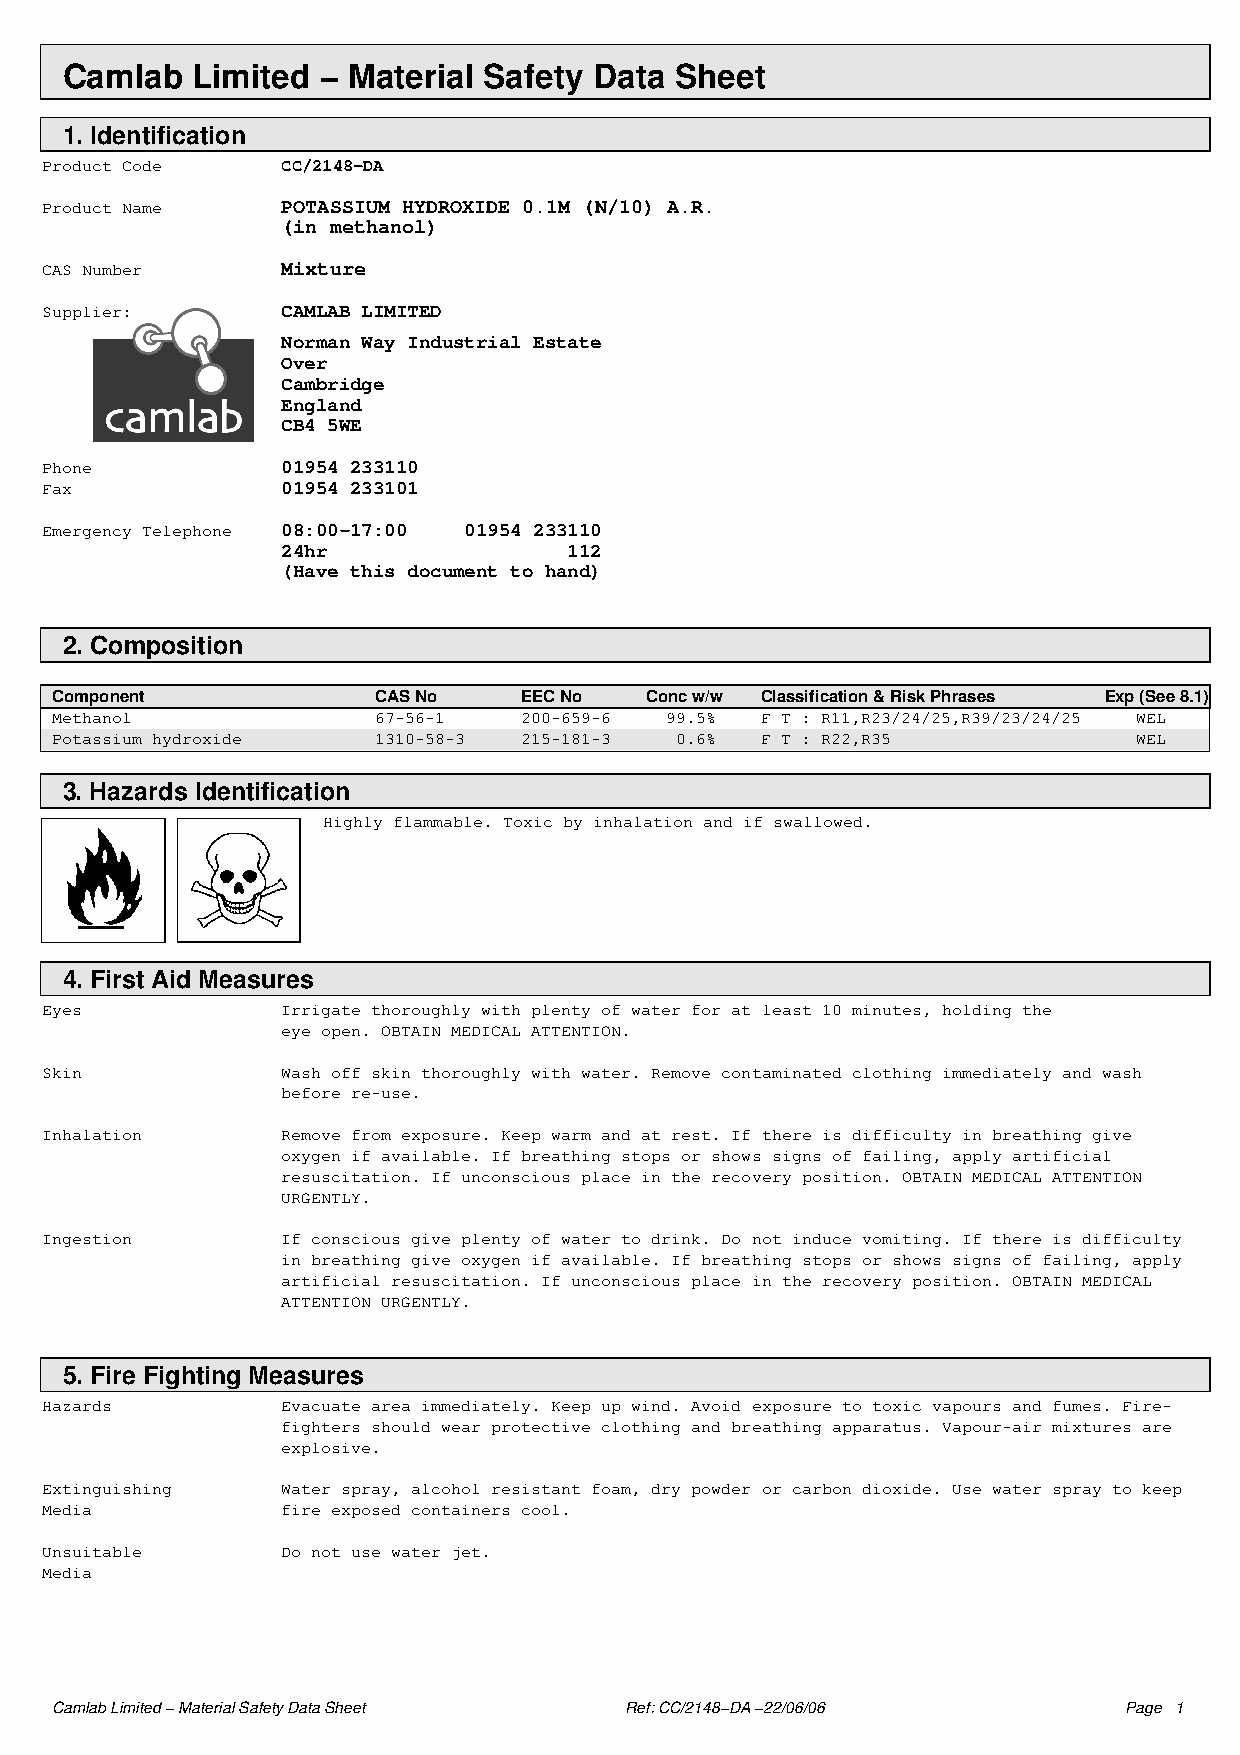
Camlab   Limited − Material Safety Data  Sheet
 1. Identification
 Product Code    CC/2148−DA
 Product Name    POTASSIUM HYDROXIDE 0.1M (N/10) A.R.
 (in methanol)
 CAS Number      Mixture
 Supplier:       CAMLAB LIMITED
 Norman Way Industrial Estate
 Over
 Cambridge
 England
 CB4 5WE
 Phone           01954 233110
 Fax             01954 233101
 Emergency Telephone 08:00−17:00 01954 233110
 24hr               112
 (Have this document to hand)
 2. Composition
 Component             CAS No   EEC No   Conc w/w Classification & Risk Phrases Exp (See 8.1)
 Methanol              67−56−1  200−659−6 99.5% F T : R11,R23/24/25,R39/23/24/25 WEL
 Potassium hydroxide   1310−58−3 215−181−3 0.6% F T : R22,R35            WEL
 3. Hazards Identification
 Highly flammable. Toxic by inhalation and if swallowed.
 4. First Aid Measures
 Eyes            Irrigate thoroughly with plenty of water for at least 10 minutes, holding the
 eye open. OBTAIN MEDICAL ATTENTION.
 Skin            Wash off skin thoroughly with water. Remove contaminated clothing immediately and wash
 before re−use.
 Inhalation      Remove from exposure. Keep warm and at rest. If there is difficulty in breathing give
 oxygen if available. If breathing stops or shows signs of failing, apply artificial
 resuscitation. If unconscious place in the recovery position. OBTAIN MEDICAL ATTENTION
 URGENTLY.
 Ingestion       If conscious give plenty of water to drink. Do not induce vomiting. If there is difficulty
 in breathing give oxygen if available. If breathing stops or shows signs of failing, apply
 artificial resuscitation. If unconscious place in the recovery position. OBTAIN MEDICAL
 ATTENTION URGENTLY.
 5. Fire Fighting Measures
 Hazards         Evacuate area immediately. Keep up wind. Avoid exposure to toxic vapours and fumes. Fire−
 fighters should wear protective clothing and breathing apparatus. Vapour−air mixtures are
 explosive.
 Extinguishing   Water spray, alcohol resistant foam, dry powder or carbon dioxide. Use water spray to keep
 Media           fire exposed containers cool.
 Unsuitable      Do not use water jet.
 Media
 Camlab Limited − Material Safety Data Sheet Ref: CC/2148−DA −22/06/06  Page 1